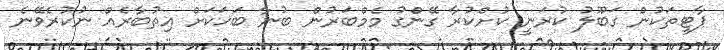
ޕާޓީތަކުން ގަބޫލު ކުރަނީ ކުށްކުރާ ގޭންގު މެމްބަރުން ބުނާ ބަހަކަށް އިތުބާރެއް ނުކުރެވޭނެ